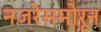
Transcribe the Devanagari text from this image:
नजरेसमोरून